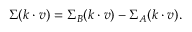
\Sigma ( k \cdot v ) = \Sigma _ { B } ( k \cdot v ) - \Sigma _ { A } ( k \cdot v ) .